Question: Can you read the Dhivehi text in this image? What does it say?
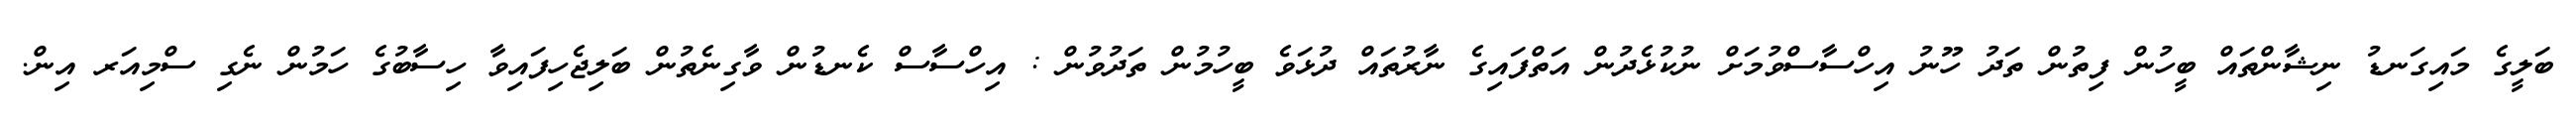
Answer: ބަލީގެ މައިގަނޑު ނިޝާންތައް ބީހުން ފިތުން ތަދު ހޫނު އިހްސާސްވުމަށް ނުކުޅެދުން އަތްފައިގެ ނާރުތައް ދުޅަވެ ބީހުމުން ތަދުވުން : އިހްސާސް ކެނޑުން ވާގިނެތުން ބަލިޖެހިފައިވާ ހިސާބުގެ ހަމުން ނެގި ސްމިއަރ އިން.